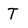
Character: T